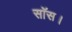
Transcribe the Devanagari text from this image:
सॉस।